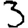
Digit: 3